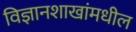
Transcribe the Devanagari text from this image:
विज्ञानशाखांमधील